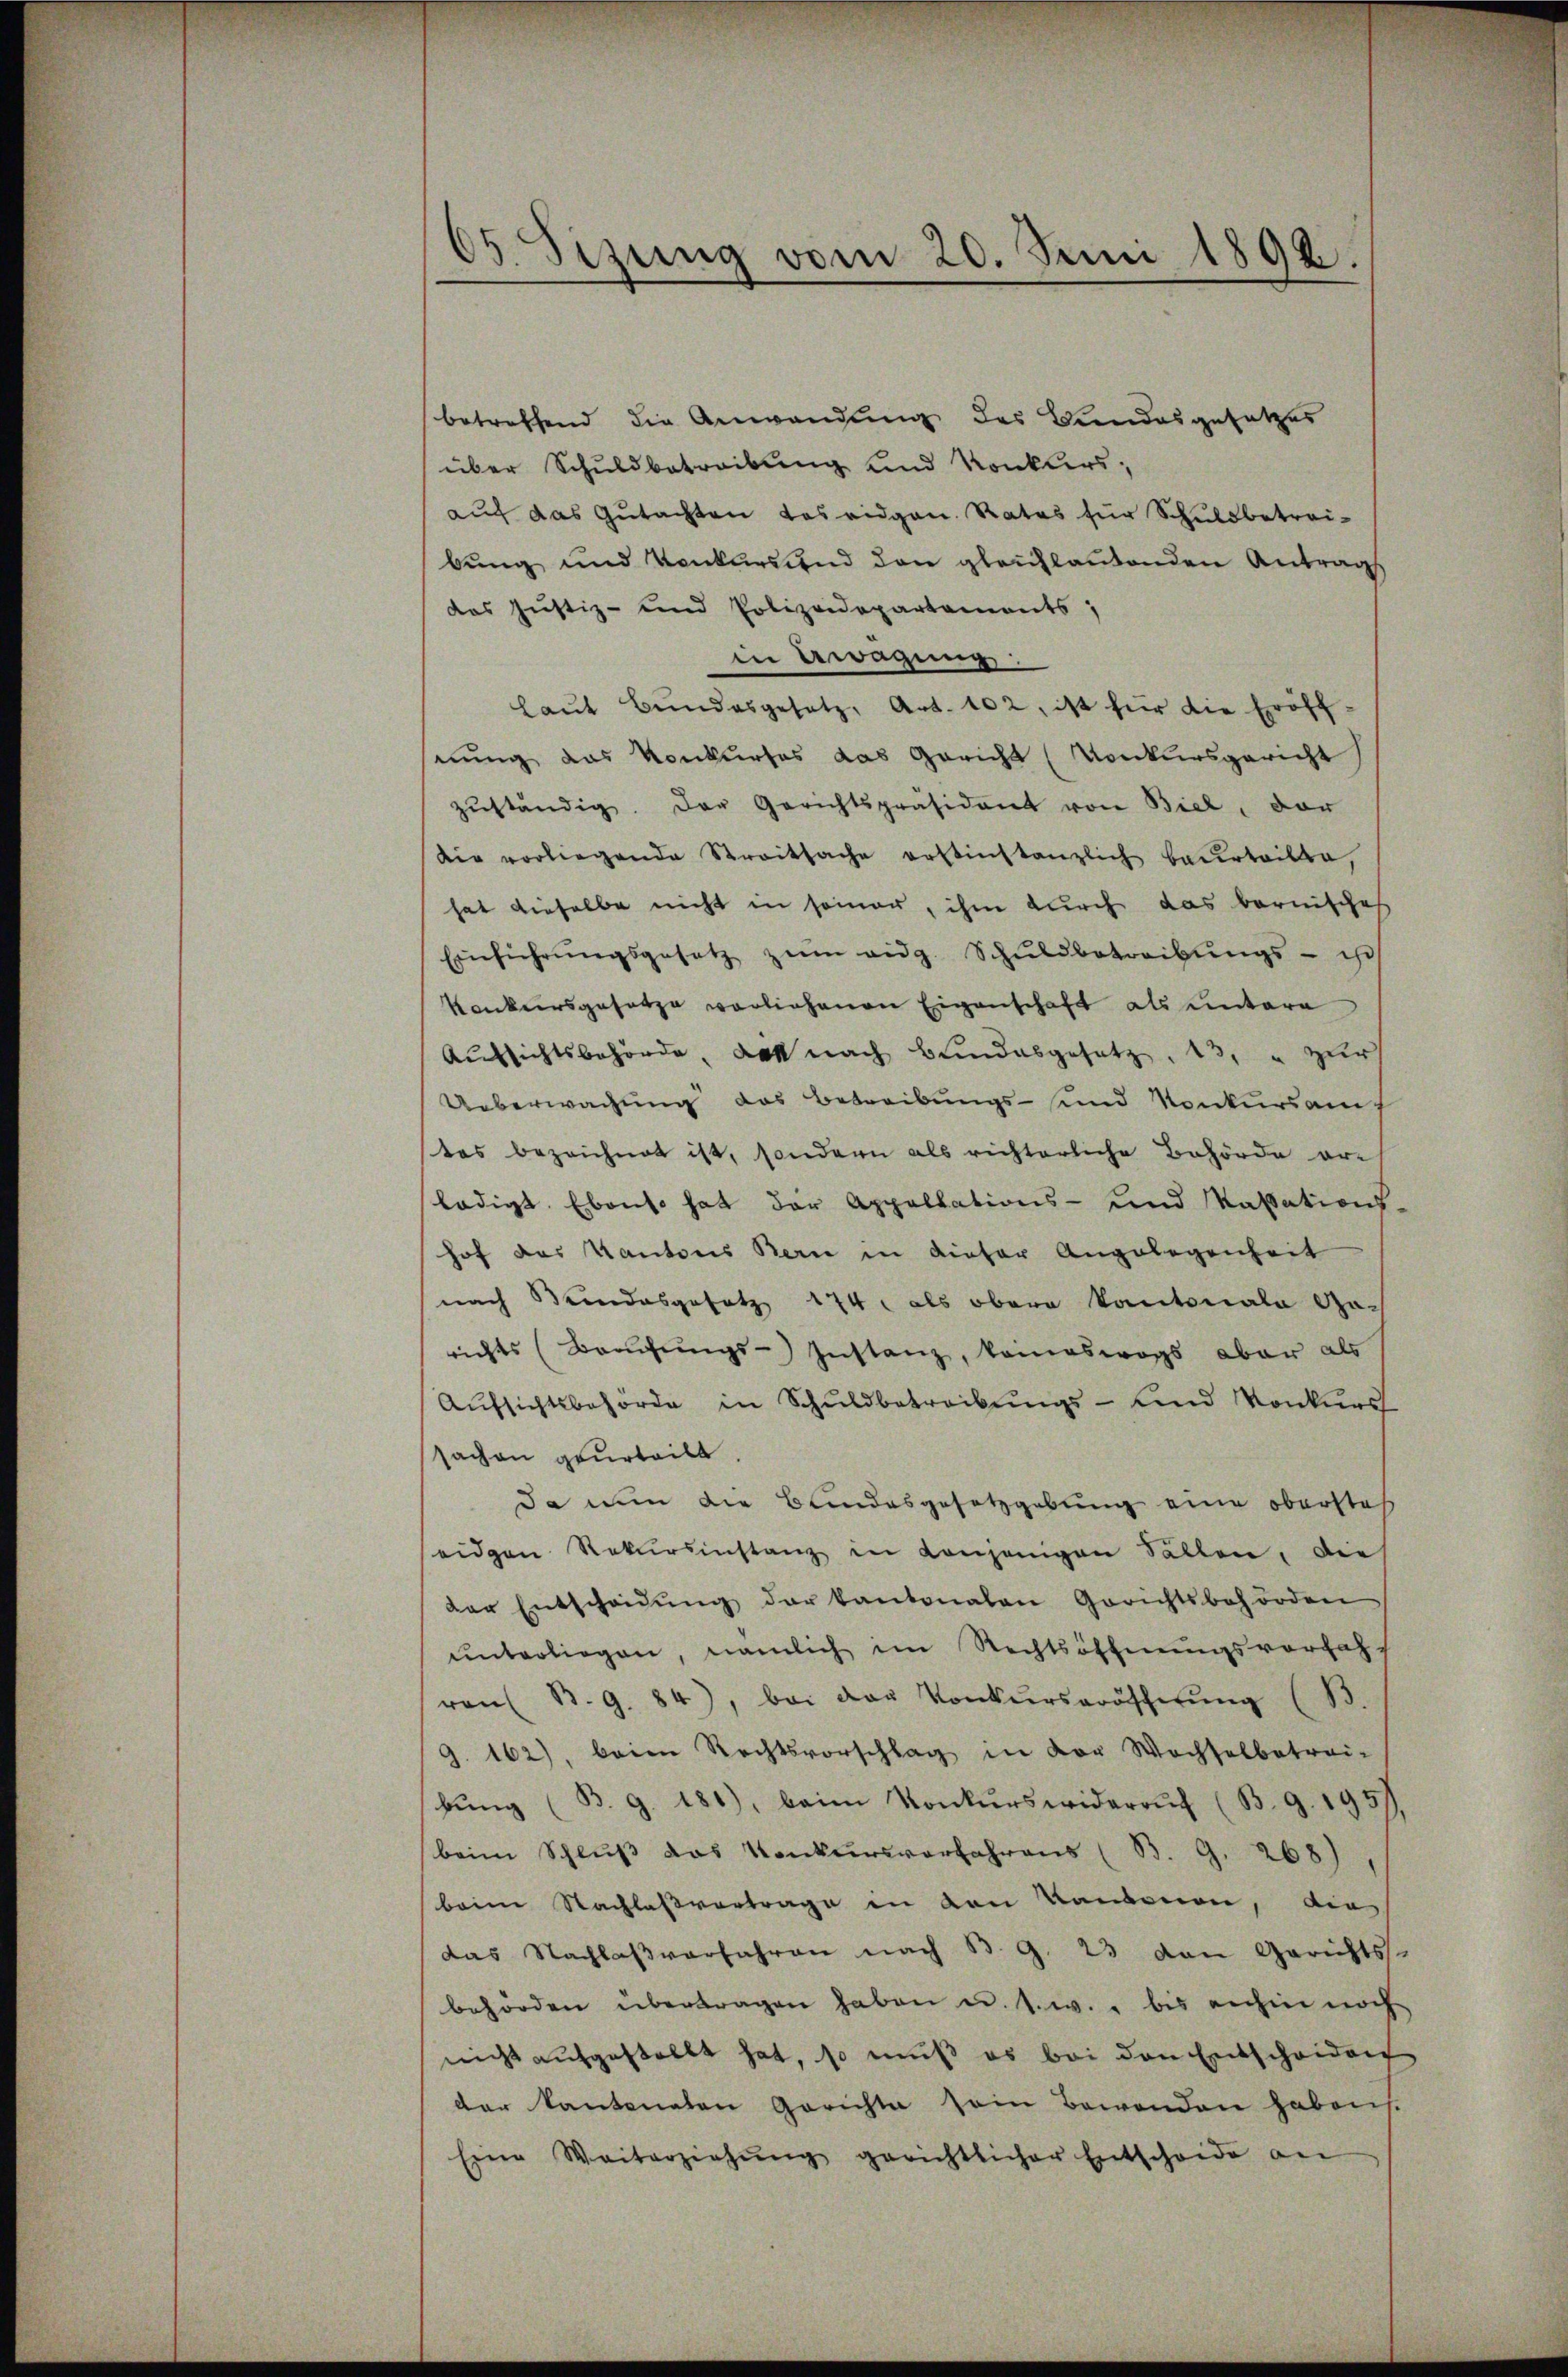
65. Sizung vom 20. Juni 1892.

betreffend die Anwendung des Bundesgesetzes
über Schuldbetreibung und Konkurs,
auf das Gutachten das eidgen. Rates für Schuldbetrei-
bung und Konkursend den gleichlautenden Antrags
das Justiz- und Polizeidepartements,
in Giragung:
laŭt Bŭndesgesetz, Art. 102, ist für die Eröff-
sung das Konkurses das Gericht Konkursgericht
zŭständig. Der Gerichtspräsident von Biel, der
Die vorliegende Streitsache erstinstanzlich beurteilte,
hat dieselbe nicht in seiner, ihm durch das bernische
Einführŭngsgesetz zŭm eidg. Schŭldbetreibŭngs- isch
Konkursgesetze vorliehenen Eigenschaft als untere
Aŭfsichtsbehörde, das nach Bundesgesetz. 13. " zur
Ueberwachung das Betreibungs- und Konkurs auf
tes bezeichnet ist, sondern als richterliche Behörde erladigt. Ebenso hat der Appellations- und Kassations-
hof das Kantons Bern in dieser Angelegenheit
nach Bundesgesetz 174. als obern Kantonala Ga-
richts (Brachŭngs-Instanz, keineswegs aber als
Aŭfsichtsbehörde in Schuldbetreibŭngs- und Konkurs
sachen geurteilt.
da nun die Bundesgesetzgebung eine obersteh
eiden Rekursinstanz in denjenigen Sallen, die
der Entscheidŭng der kantonalen Gerichtsbehörden
ŭnterliegen, nämlich im Rechtsöffnŭngsverfah-
ron B. G. 84), bei der Konkŭrsaröscherŭng (B.
G. 162), beim Rechtsvorschlag in der Wochselbetrei-
bŭng (B. G. 181), beim Konkŭrswiderruf (B. 9. 195
beim Schlŭβ das Konkursverfahrens (B. G. 268),
beim Nachlassvortrage in von Kantonen, dies
das Nachlaβ verfahren nach B. G. 23 von Gerichts-
behörden übertragen haben u. s. w. bis anhin noch
nicht aŭfgestellt hat, so muß es bei den Entscheiden
der Kantonaten Gerichte sein Bewenden habens.
Eine Weiterziehŭng gerichtlicher Entscheide an